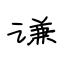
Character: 谦